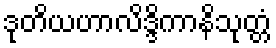
ဒုတိယဟာလိဒ္ဒိကာနိသုတ္တံ